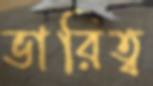
ভারিত্ব